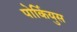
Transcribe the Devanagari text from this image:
पोर्कियुस